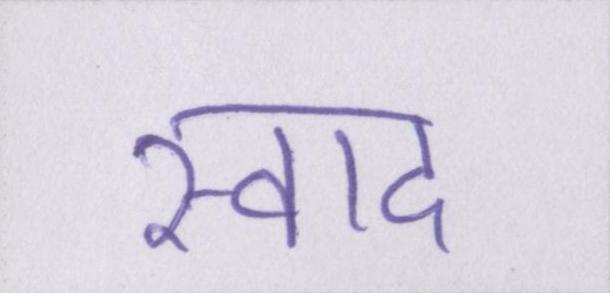
स्वाद